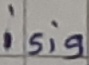
Text: isig